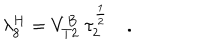
\lambda _ { 8 } ^ { H } = V _ { T 2 } ^ { B } \ \tau _ { 2 } ^ { \frac { 1 } { 2 } } \quad .